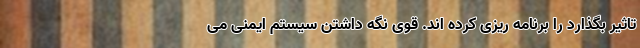
تاثیر بگذارد را برنامه ریزی کرده اند. قوی نگه داشتن سیستم ایمنی می